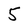
Character: 5